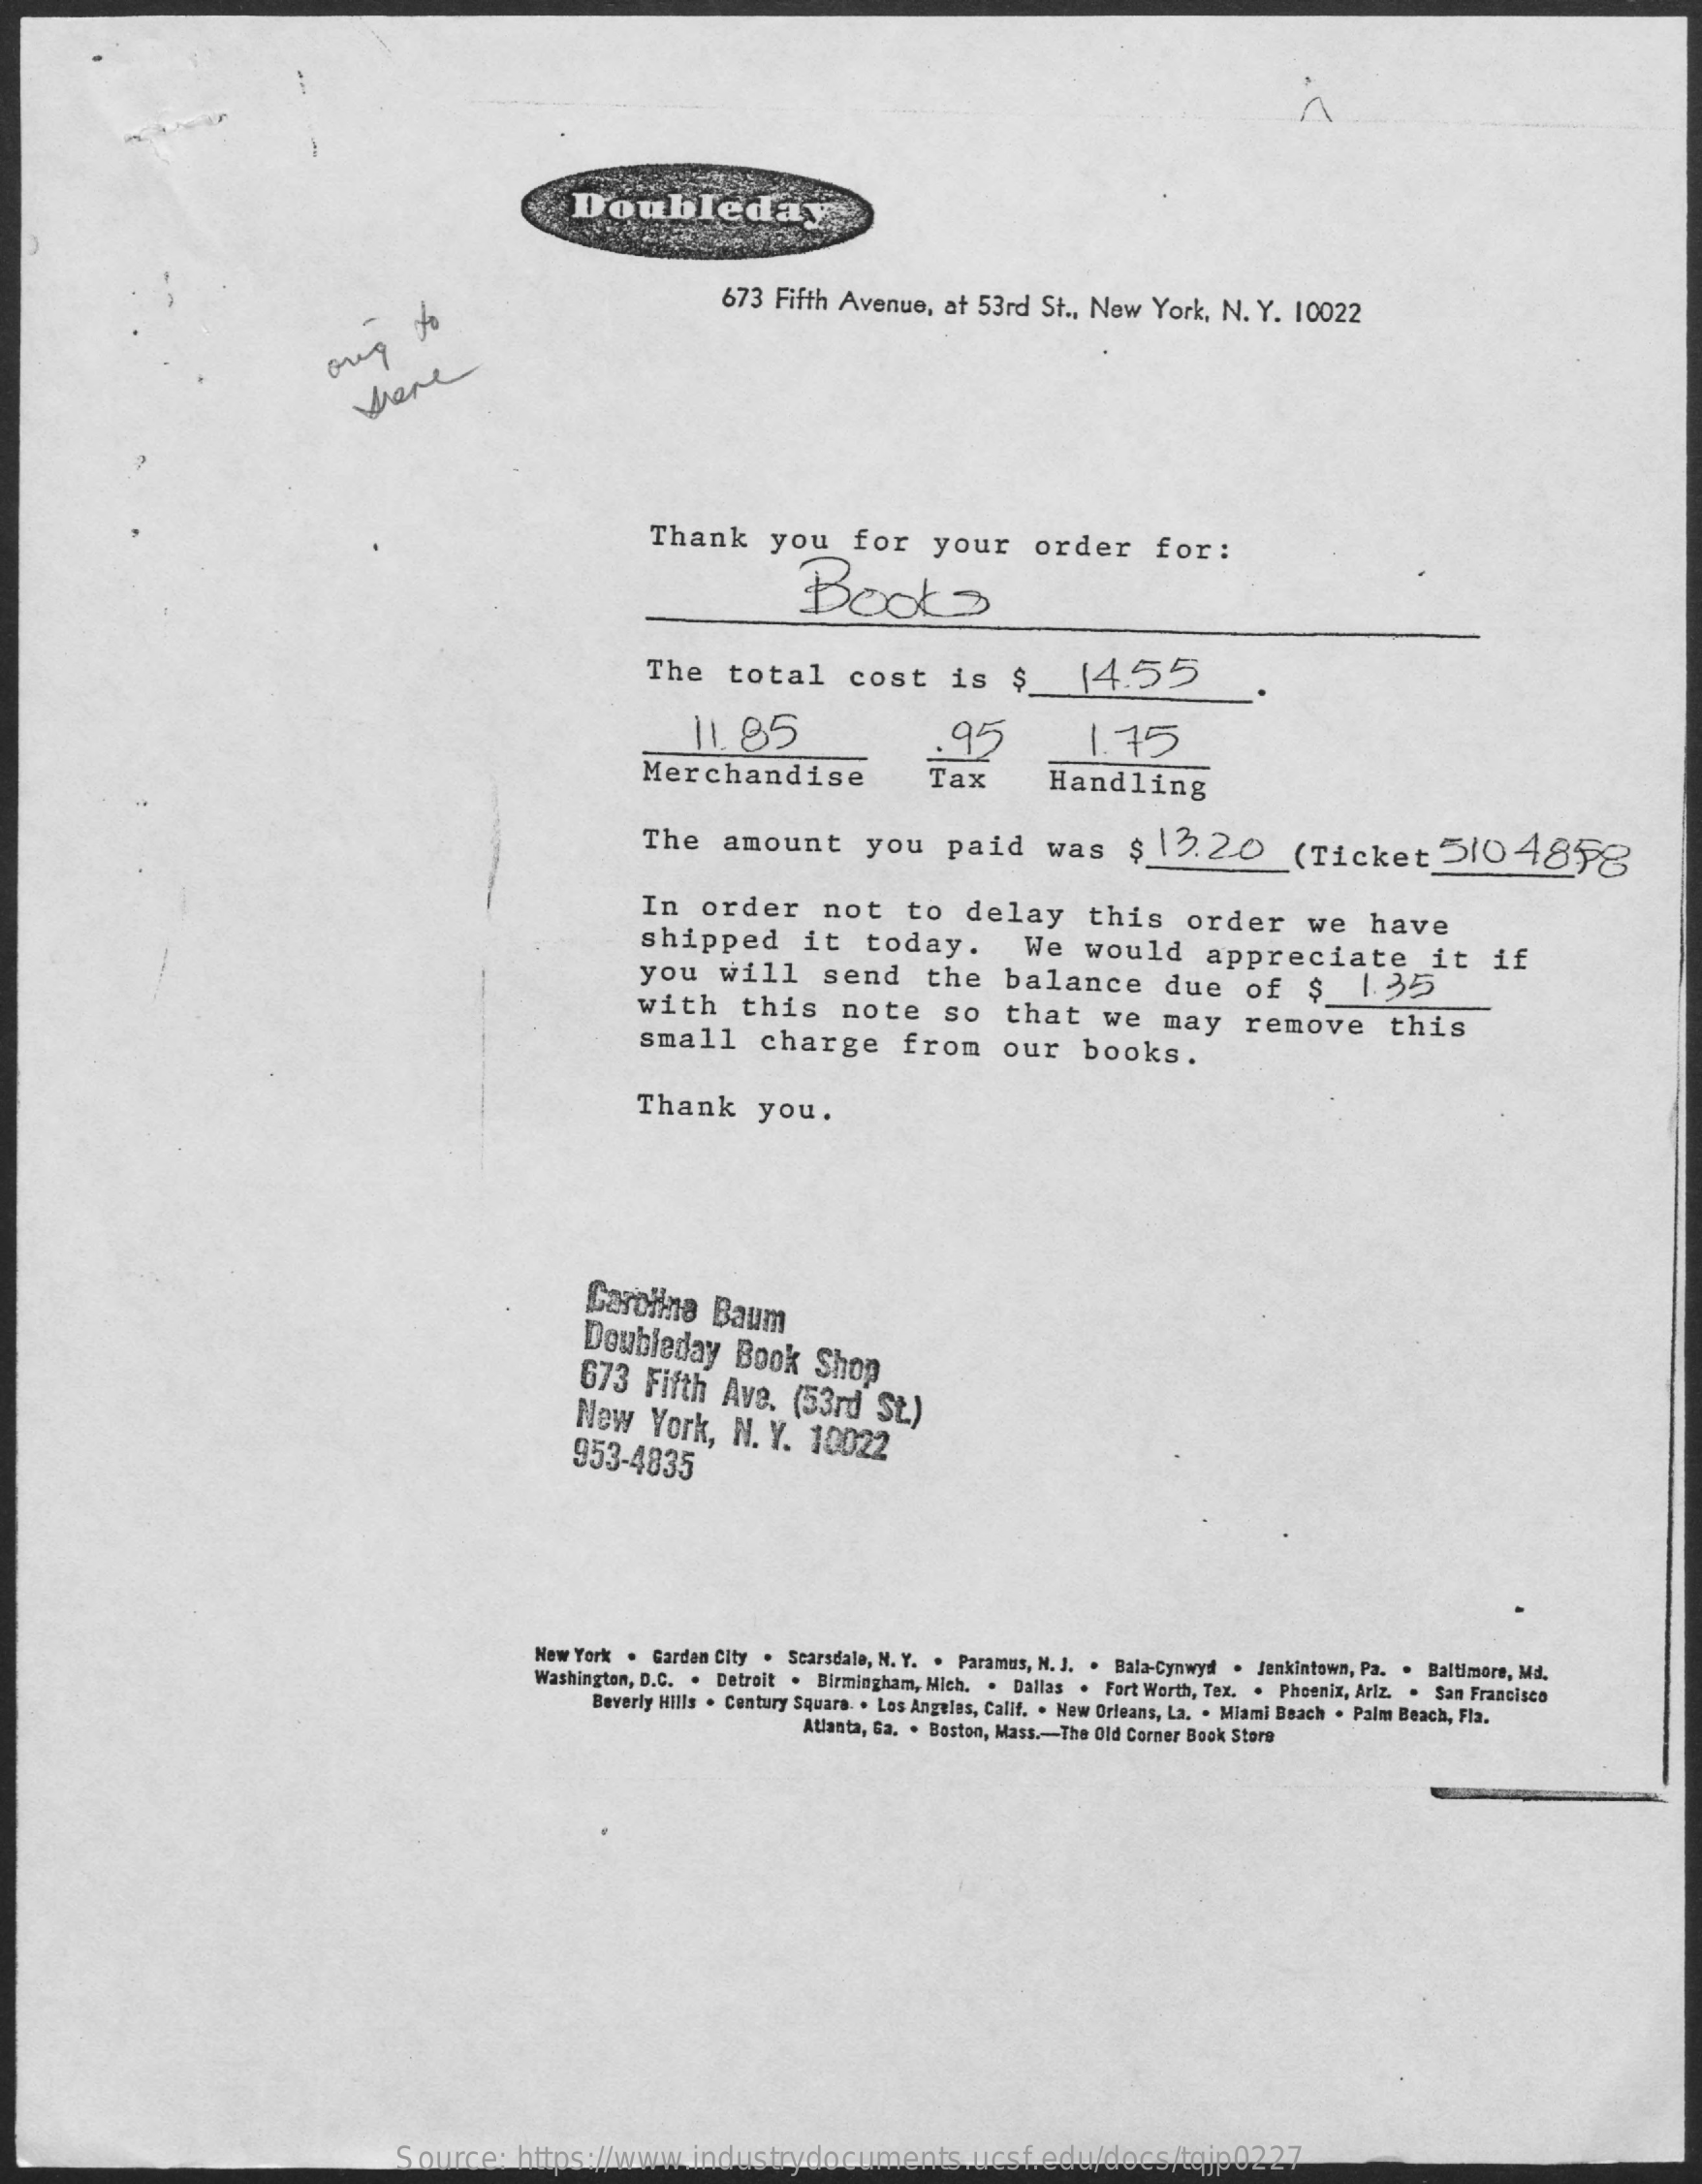
Doubleday
     673    Fifth    Avenue,    at    53rd    St    .,    New    York,    N.    Y.    10022
     oning
     to
     where
     Thank    you    for    your    order    for:
     Books
     The    total    cost    is    $_    (4.55
     11.85    .95    1.75
     Merchandise    Tax    Handling
     The    amount    you    paid    was    $    12.20    (Ticket    5104858
     In    order    not    to    delay    this    order    we    have shipped it today. We would appreciate it if you will send the balance due of $ 135
     with    this    note    so    that    we    may    remove    this small charge from our books.
     Thank    you.
     Carolina    Baum
     Doubleday    Book    Shop 673 Fifth Ave. (53rd St.) New York, N. Y. 10022 953-4835
     New    York    .    Garden    City    .    Scarsdale,    N.    Y.    .    Paramas,    N.    J.    .    Bala-Cynwyd    .    Jenkintown,    Pa.    .    Baltimore,    Md. Washington, D.C. . Detroit . Birmingham, Mich. . Dallas . Fort Worth, Tex. . Phoenix, Ariz. . San Francisco Beverly Hills . Century Square . Los Angeles, Calif. . New Orleans, La. . Miami Beach . Palm Beach, Fla. Atlanta, Ga. . Boston, Mass .- The Old Corner Book Store
     Source:    https://www.industrydocuments.ucsf.edu/docs/tqjp0227